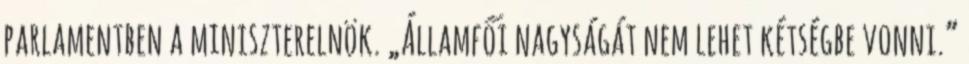
parlamentben a miniszterelnök. „Államfői nagyságát nem lehet kétségbe vonni.”